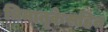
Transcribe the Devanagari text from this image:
त्रिमातृकेसहित